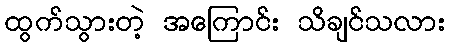
ထွက်သွားတဲ့ အကြောင်း သိချင်သလား